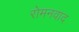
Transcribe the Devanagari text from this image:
रोमनवाद